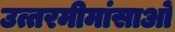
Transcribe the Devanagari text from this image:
उत्तरमीमांसाओं